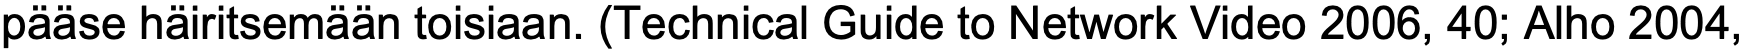
pääse häiritsemään toisiaan. (Technical Guide to Network Video 2006, 40; Alho 2004,